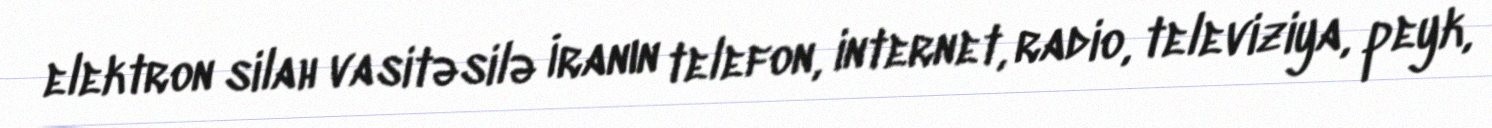
elektron silah vasitəsilə İranın telefon, internet, radio, televiziya, peyk,